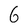
Character: 6